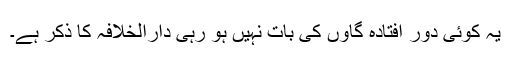
یہ کوئی دُور افتادہ گاؤں کی بات نہیں ہو رہی دارالخلافہ کا ذکر ہے۔